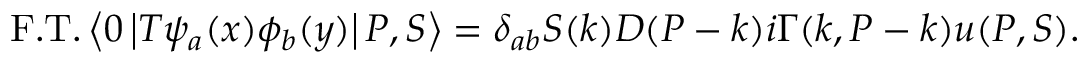
\mathrm { F . T . } \left\langle 0 \left| T \psi _ { a } ( x ) \phi _ { b } ( y ) \right| P , S \right\rangle = \delta _ { a b } S ( k ) D ( P - k ) i \Gamma ( k , P - k ) u ( P , S ) .